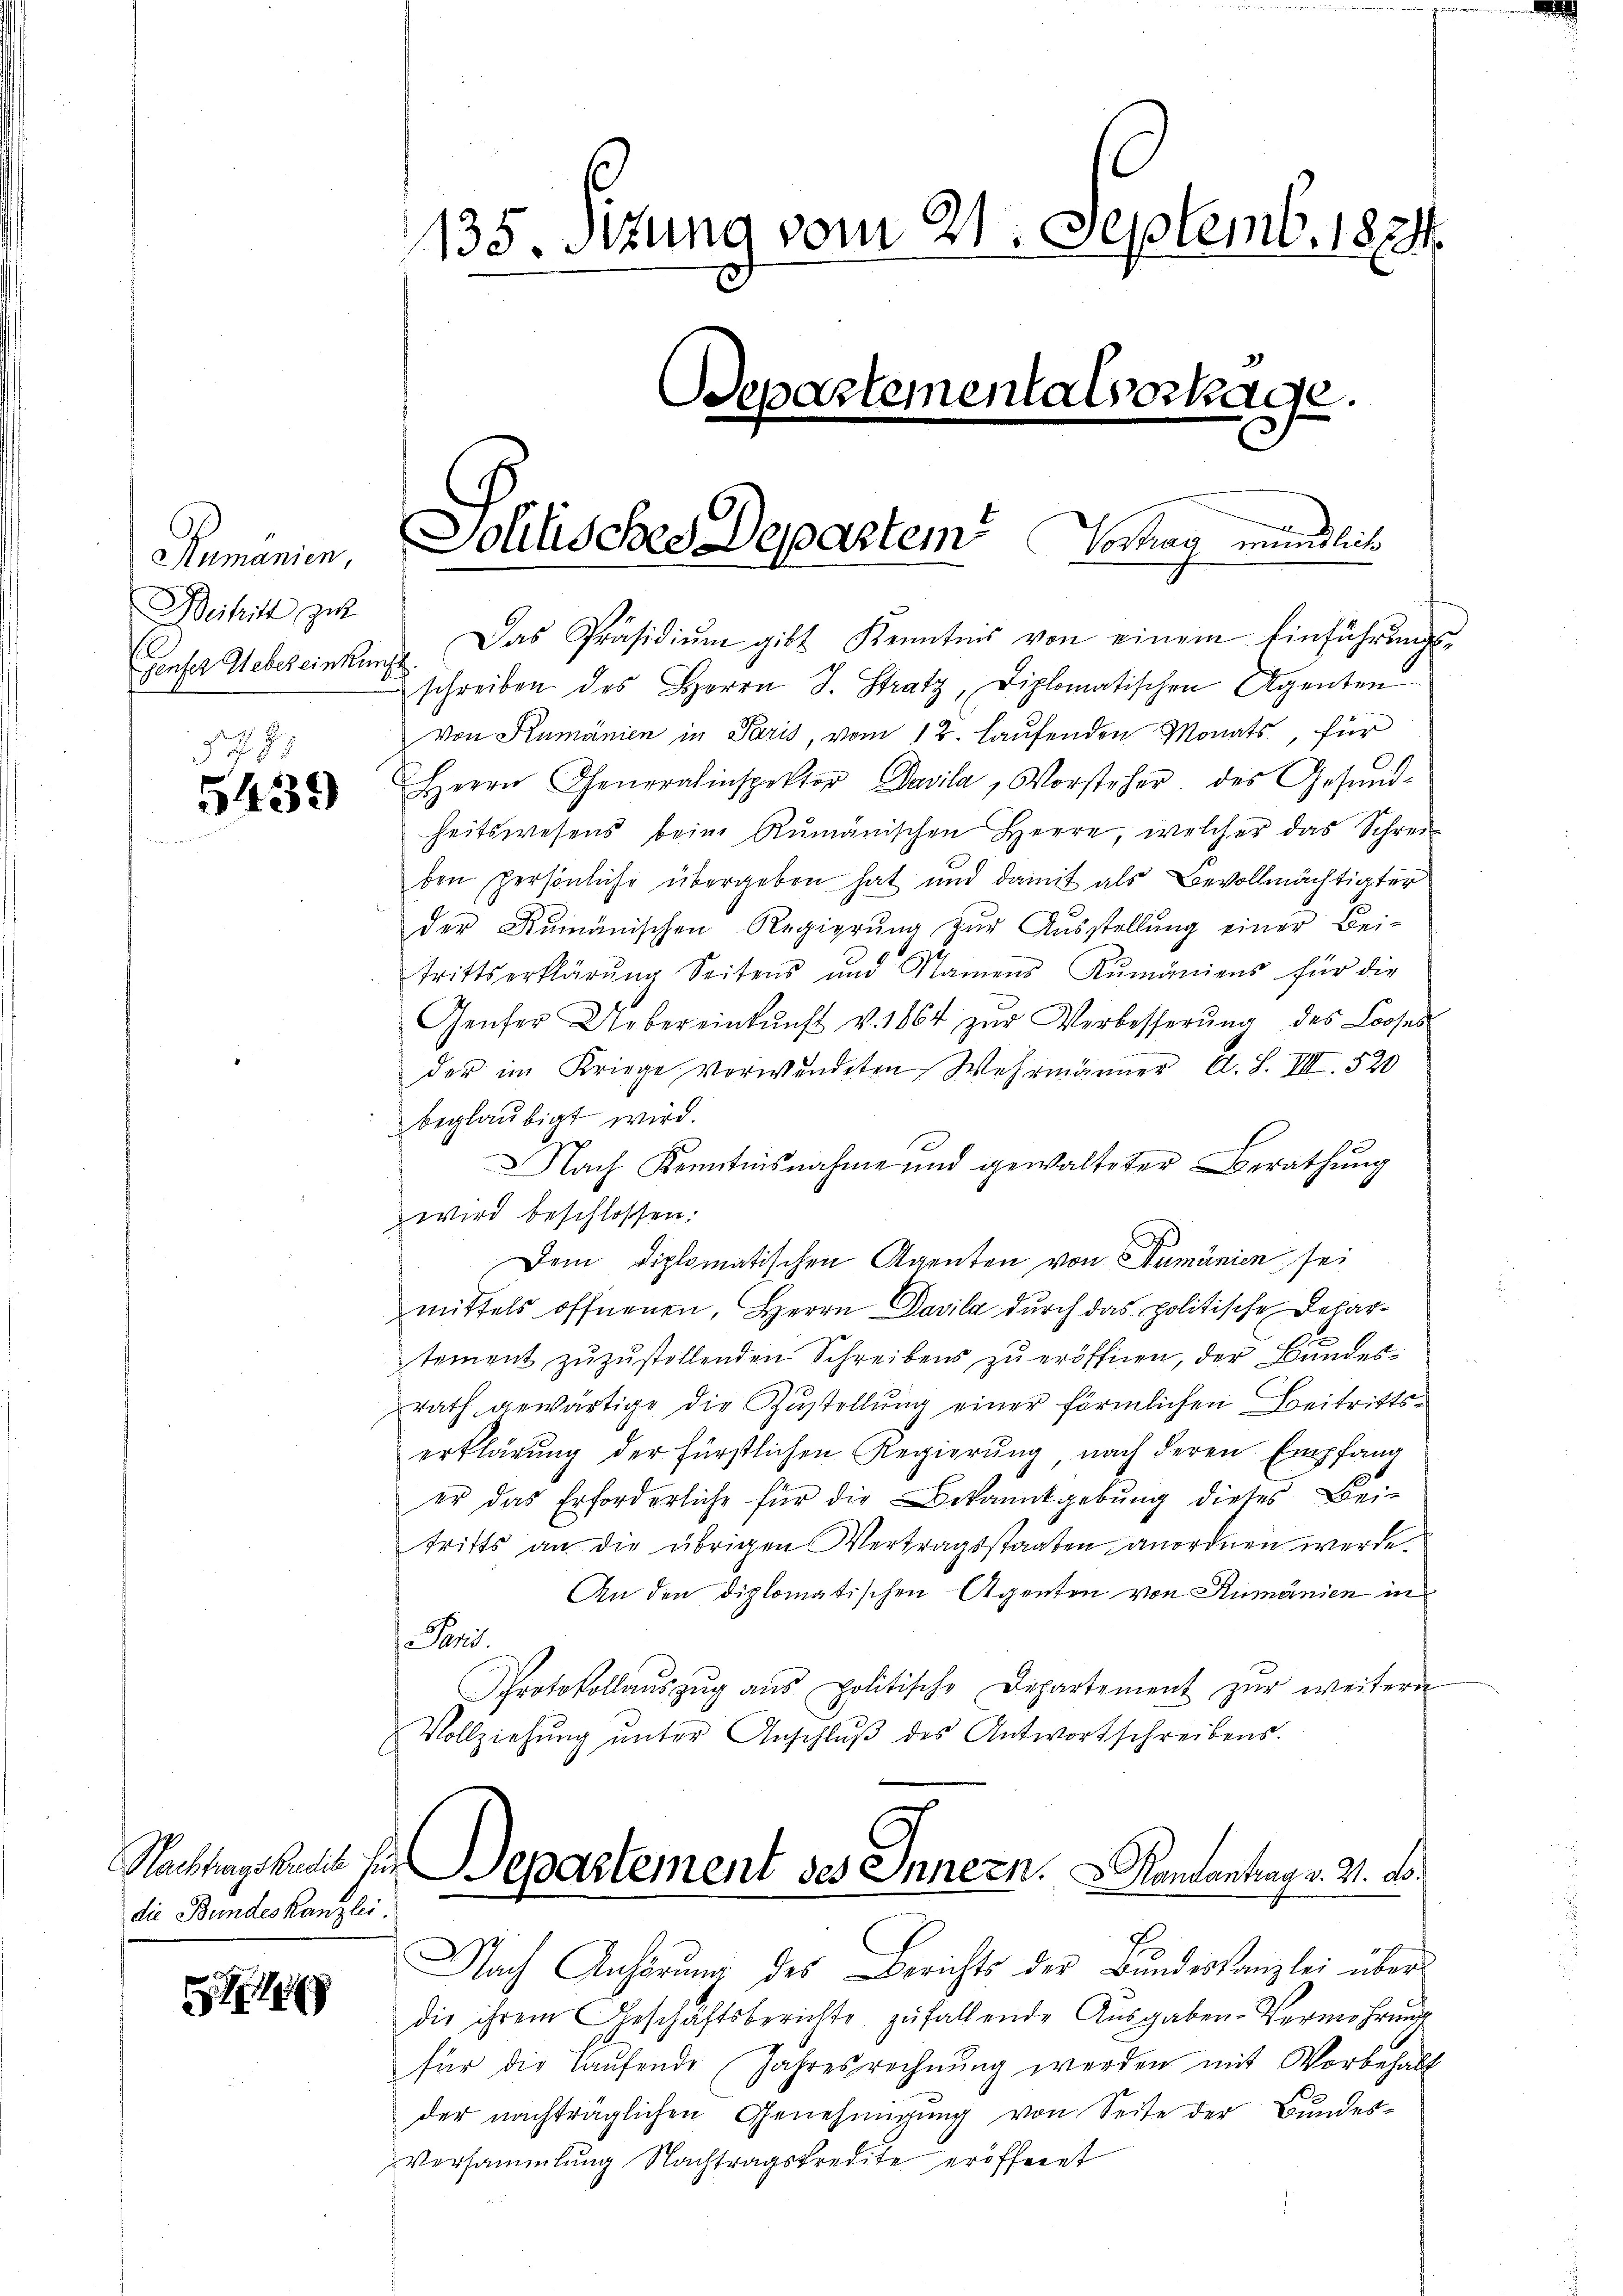
Rumänien,
Beitritt zu
8.

5439

die Bundeskanzlei.

denser Webereinkung. Das Präsidiŭm gibt Kenntnis von einem Einführŭngs-
schreiben des Herrn J. Stratz, Diplomatischen Agenten
Von Rumänien in Paris, vom 12. Laufenden Monats, für
Herrn Generalinspektor Davila, Vorsteher des Gesund-
heitswesens beim Rumänischen Herre, welcher das Schrei-
ben persönliche übergeben hat und damit als Bevollmächtigter
der Rumänischen Regierŭng zŭr Aŭsstellung einer Bei-
trittserklärŭng Seitens und Namens Rŭmaniens für die
Genfer Uebereinkunft v. 1864 zur Verbesserung des Looses
der im Kriege verwendeten Wehrmänner A. L. VIII. 520
beglaubigt wird.
Nach Kenntnisnahme und gewalteter Berathŭng
wird beschlossen:
Dem diplomatischen Agenten von Sumänien sei
mittels öffnenen, Herrn Davila durch das politische Departement zuzustellenden Schreibens zu eröffnen, der Bundesrath gewärtige die Zŭstellŭng einer förmlichen Beitritts-
erklärung der Fürstlichen Regierŭng, nach deren Empfang
er das Erforderliche für die Bekanntgebung dieses Bei-
tritts an die übrigen Vertragsstaaten anordnen werde.
An den diplomatischen Agenten von Rumänien in
 Poli
Protokollaŭszŭg aŭs politische Departement zŭr weitern
Vollziehŭng ŭnter Anschlŭβ des Antwortschreibens.

135. Sizung vom 21. Septemb. 1824.
Departementalsertage.

Sohlisches Departem Vorhan mündliche

Nachlagskamme für Departement des Innern. Kantantrag v. M. d

Nach Anhörung des Berichts der Bŭndeskanzlei über
die ihrem Geschäftsberichte zufallende Aŭsgaben-Vermehrung
für die Laufende Jahresrechnung werden mit Vorbehalt
der nachträglichen Genehmigŭng von Seite der Bŭndes-
Versammlung Nachtragskredite eröfferet